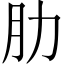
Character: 肋